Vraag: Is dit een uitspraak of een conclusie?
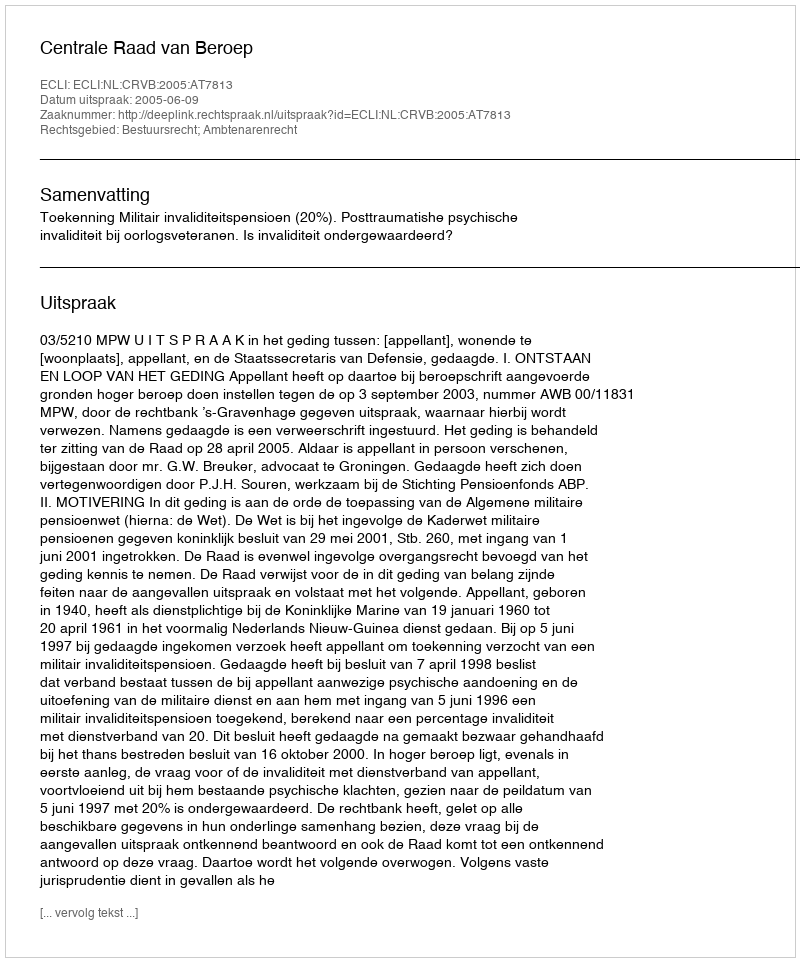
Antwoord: Uitspraak